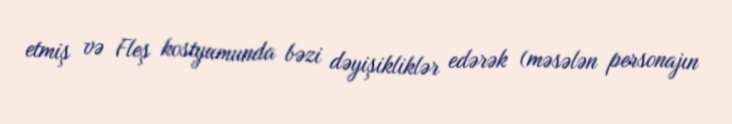
etmiş və Fleş kostyumunda bəzi dəyişikliklər edərək (məsələn personajın